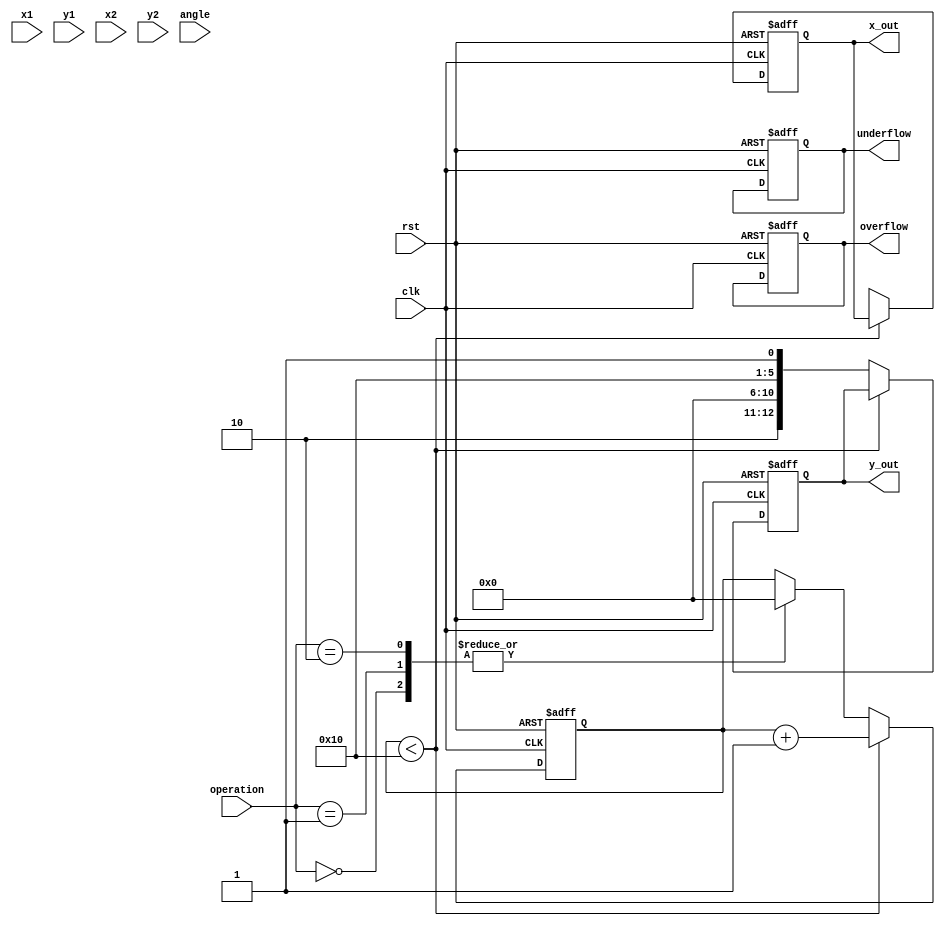
module complex_cordic #(
    parameter WIDTH = 16, // Bit width for fixed-point representation
    parameter ITERATIONS = 16 // Number of CORDIC iterations
)(
    input clk,
    input rst,
    input [WIDTH-1:0] x1, // Real part of first complex number
    input [WIDTH-1:0] y1, // Imaginary part of first complex number
    input [WIDTH-1:0] x2, // Real part of second complex number
    input [WIDTH-1:0] y2, // Imaginary part of second complex number
    input [1:0] operation, // 00: Multiply, 01: Divide, 10: Square Root
    input [WIDTH-1:0] angle, // Angle for rotation
    output reg [WIDTH-1:0] x_out, // Real part of output
    output reg [WIDTH-1:0] y_out, // Imaginary part of output
    output reg overflow, // Overflow flag
    output reg underflow // Underflow flag
);

    // Internal signals
    reg [WIDTH-1:0] x[0:ITERATIONS-1];
    reg [WIDTH-1:0] y[0:ITERATIONS-1];
    reg [WIDTH-1:0] z[0:ITERATIONS-1];
    reg [WIDTH-1:0] atan_table[0:ITERATIONS-1]; // Lookup table for arctangent values
    reg [4:0] iter; // Iteration counter

    // Initialize arctangent values (in fixed-point format)
    initial begin
        atan_table[0] = 16'h3243; // atan(1) in fixed-point
        atan_table[1] = 16'h1DAC; // atan(0.5)
        atan_table[2] = 16'h0F9E; // atan(0.25)
        // Add more values as needed
    end

    // CORDIC algorithm implementation
    always @(posedge clk or posedge rst) begin
        if (rst) begin
            x_out <= 0;
            y_out <= 0;
            overflow <= 0;
            underflow <= 0;
            iter <= 0;
        end else begin
            case (operation)
                2'b00: begin // Multiply
                    // Initialize inputs
                    x[0] <= x1;
                    y[0] <= y1;
                    iter <= 0;
                    // Multiplication logic using CORDIC
                    // Implement the CORDIC iterations for multiplication
                    // Update x_out and y_out after iterations
                end
                2'b01: begin // Divide
                    // Initialize inputs
                    x[0] <= x1;
                    y[0] <= y1;
                    iter <= 0;
                    // Division logic using CORDIC
                    // Implement the CORDIC iterations for division
                    // Update x_out and y_out after iterations
                end
                2'b10: begin // Square Root
                    // Initialize inputs
                    x[0] <= x1;
                    y[0] <= 0; // Imaginary part is zero for square root
                    iter <= 0;
                    // Square root logic using CORDIC
                    // Implement the CORDIC iterations for square root
                    // Update x_out and y_out after iterations
                end
                default: begin
                    // Handle invalid operation
                end
            endcase

            // Update output after completing iterations
            if (iter < ITERATIONS) begin
                // Perform CORDIC rotation or vectoring
                // Update x and y for the next iteration
                iter <= iter + 1;
            end else begin
                // Final output assignment
                x_out <= x[ITERATIONS-1];
                y_out <= y[ITERATIONS-1];
                // Check for overflow/underflow conditions
            end
        end
    end

endmodule